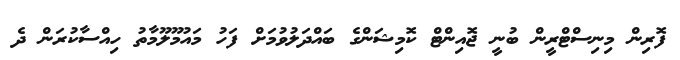
ފޮރިން މިނިސްޓްރީން ބުނީ ޖޮއިންޓް ކޮމިޝަންގެ ބައްދަލުވުމަށް ފަހު މައުމޫލޫމާތު ހިއްސާކުރަން ދެ